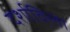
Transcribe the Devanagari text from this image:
दर्शाविला